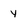
Character: y